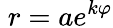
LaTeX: \; r=ae^{k\varphi}